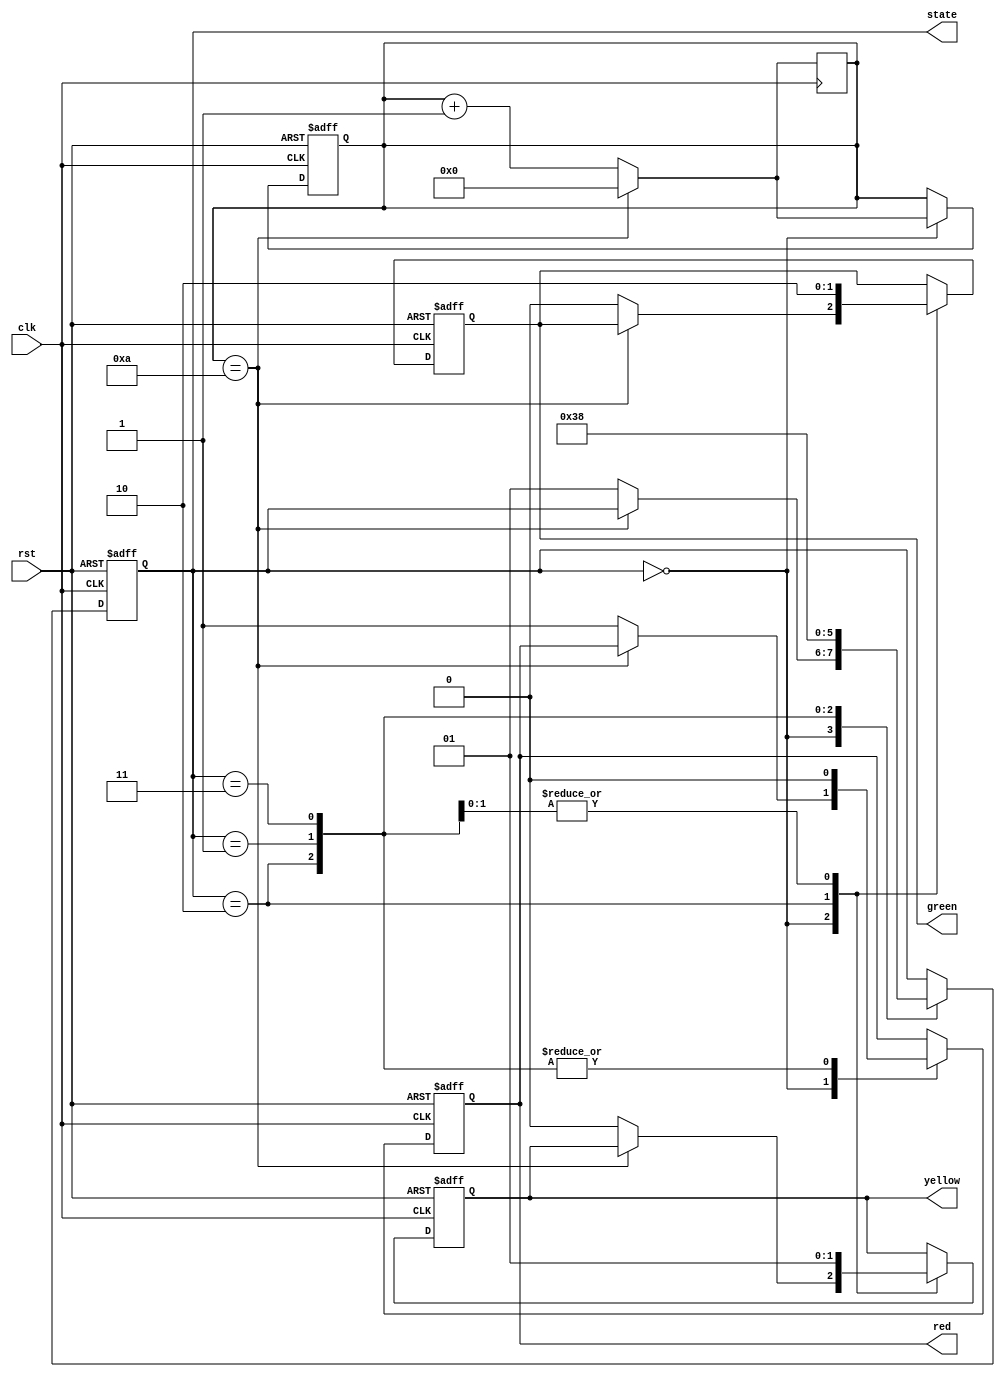
module traffic_light_controller(
  input clk, rst,
  output reg [1:0] state,
  output reg red, yellow, green
);

  reg [3:0] cnt;

  localparam red_sig = 2'b00, 
              red_yel = 2'b01, 
              grn_sig = 2'b10, 
              grn_yel = 2'b11;

  always @(posedge clk or posedge rst)
    if (rst) begin
      red <= 1;
      yellow <= 0;
      green <= 0;
      state <= red_sig;
      cnt <= 0;
    end 
    else begin
      case(state)
        red_sig: begin
          if (cnt == 10) 
            cnt <= 0;
          else begin
            cnt <= cnt + 1;
            red <= 1; 
            yellow <= 0; 
            green <= 0;
            state <= red_yel;
            #15;
          end
        end

        grn_sig: begin
          red <= 0;
          yellow <= 0; 
          green <= 1;
          state <= grn_yel;
          #8;
        end

        red_yel: begin
          red <= 0; 
          yellow <= 1; 
          green <= 0;
          state <= grn_sig;
          #3;
        end

        grn_yel: begin
          red <= 0; 
          yellow <= 1; 
          green <= 0;
          state <= red_sig;
          #3;
        end

        default: state <= red_sig;
      endcase
    end

  always @(posedge clk)
    if (cnt == 10) cnt <= 0;
    else cnt <= cnt + 1;

endmodule